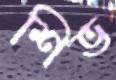
শিভ